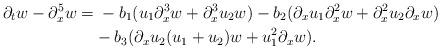
LaTeX: \begin{align*}\partial_t w-\partial_x^5 w=& \; -b_1(u_1\partial_x^3w+\partial_x^3u_2 w)-b_2(\partial_x u_1\partial_x^2w+\partial_x^2u_2\partial_xw)\\&- b_3(\partial_xu_2(u_1+u_2)w+u_1^2\partial_x w).\end{align*}